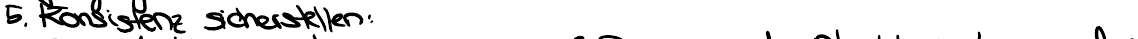
5. Konsistenz sicherstellen: